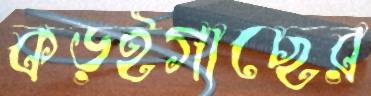
কড়ইগাছের